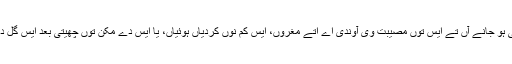
جے اسی چھڑے بھلی آشا نال اک اناڑی ورگا کم کرن نوں راضی ہو جانے آں تے ایس توں مصیبت وی آوندی اے اتے مغروں، ایس کم نوں کردیاں ہوئیاں، یا ایس دے مُکن توں چھیتی بعد ایس گل دا اعلان کرنے آں کہ ایس کم دے بدلے اسی کجھ منگ رکھنے آں۔